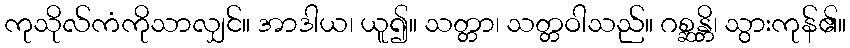
ကုသိုလ်ကံကိုသာလျှင်။ အာဒါယ၊ ယူ၍။ သတ္တာ၊ သတ္တဝါသည်။ ဂစ္ဆန္တိ၊ သွားကုန်၏။